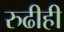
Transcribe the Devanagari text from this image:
रुढीही